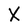
Character: X